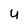
Character: y